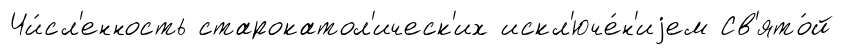
Чи́сл'енность старокатол'ическ'их искл'юче́н'иjем Св'ято́й